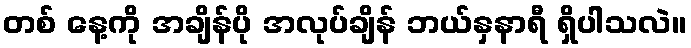
တစ် နေ့ကို အချိန်ပို အလုပ်ချိန် ဘယ်နှနာရီ ရှိပါသလဲ။